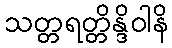
သတ္တရတ္တိန္ဒိဝါနိ